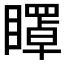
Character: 𥋽